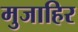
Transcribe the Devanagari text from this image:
मुजाहिर